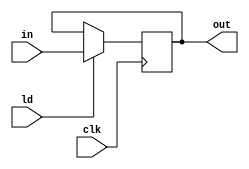
module pipo1(out,in,ld,clk);
    output reg [15:0]out;
    input [15:0]in;
    input ld;
    input clk;
    always @ (posedge clk) begin
        if(ld) 
            out <= in;
    end
endmodule